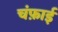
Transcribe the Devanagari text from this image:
चंफ़ाई